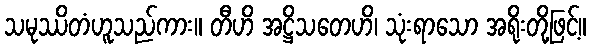
သမုဿိတံဟူသည်ကား။ တီဟိ အဋ္ဌိသတေဟိ၊ သုံးရာသော အရိုးတို့ဖြင့်။